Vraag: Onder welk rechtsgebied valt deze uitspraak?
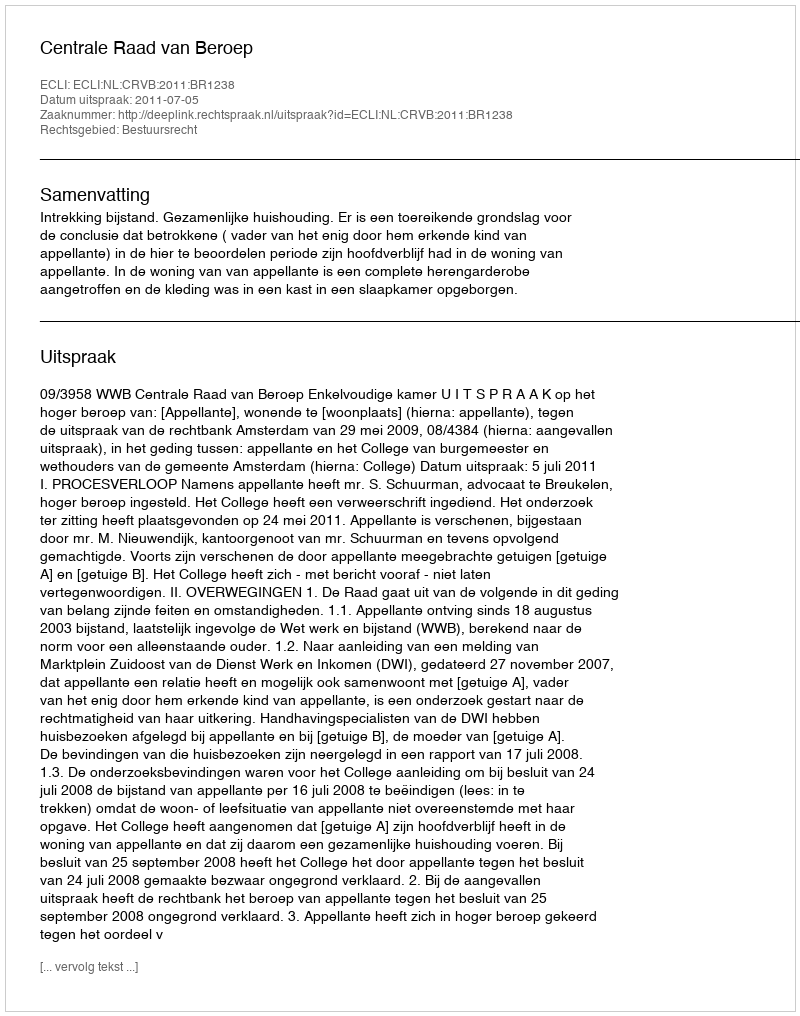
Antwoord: Bestuursrecht